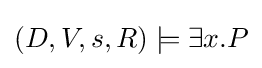
(D,V,s,R)\models \exists x.P